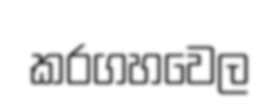
කරගහවෙල